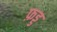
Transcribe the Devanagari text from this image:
फ़ड्ड